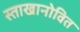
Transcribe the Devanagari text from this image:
स्ताखानोवित